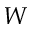
W